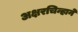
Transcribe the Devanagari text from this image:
अक्षरचिन्हाने